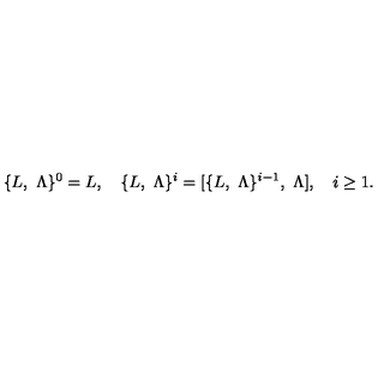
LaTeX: \{ L , \ \Lambda \} ^ { 0 } = L , \quad \{ L , \ \Lambda \} ^ { i } = [ \{ L , \ \Lambda \} ^ { i - 1 } , \ \Lambda ] , \quad i \ge 1 .